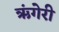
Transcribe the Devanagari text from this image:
ऋंगेरी